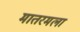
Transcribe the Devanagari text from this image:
मातरमला